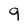
Character: 9